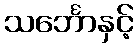
သင်္ဘောနှင့်